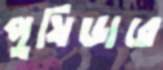
পুষিডারে